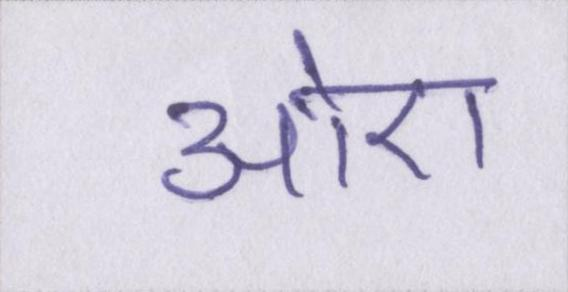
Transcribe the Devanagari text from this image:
औए